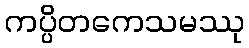
ကပ္ပိတကေသမဿု